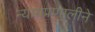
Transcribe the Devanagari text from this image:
न्यायप्रणालीने